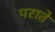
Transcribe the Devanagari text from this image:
पराते